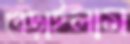
ধেড়াইলাম